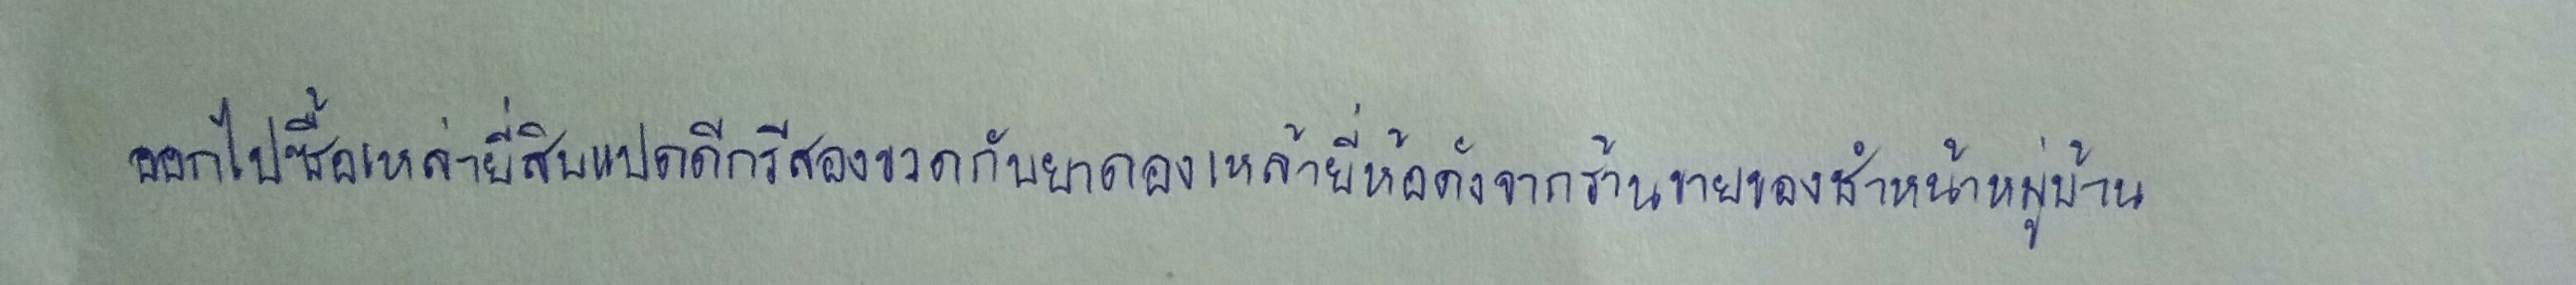
ออกไปซื้อเหล่ายี่สิบแปดดีกรีสองขวดกับยาดองเหล้ายี่ห้อดังจากร้านขายของชำหน้าหมู่บ้าน